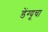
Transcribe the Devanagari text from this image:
डेंग्यूचा